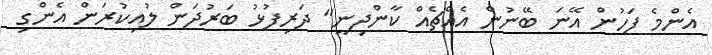
އެންމެ ފަހުން އޭނަ ބޭނުން އެއްޗެއް ކާންދިނީ" ދަރިފުޅު ބަރުދަން ލުއިކުރަން އެންގި